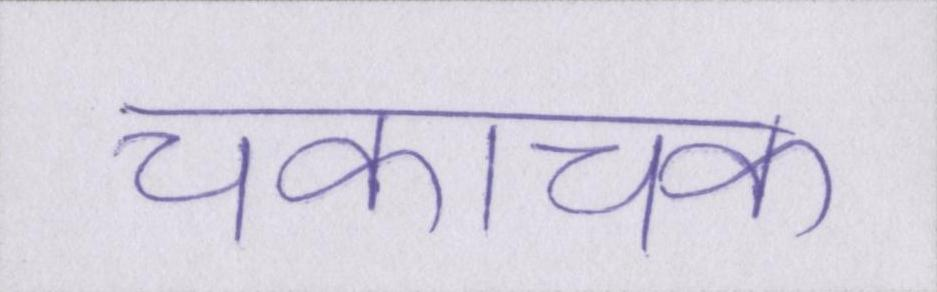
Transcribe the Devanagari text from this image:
चकाचक